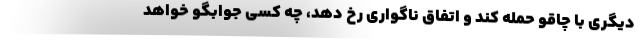
دیگری با چاقو حمله کند و اتفاق ناگواری رخ دهد، چه کسی جوابگو خواهد